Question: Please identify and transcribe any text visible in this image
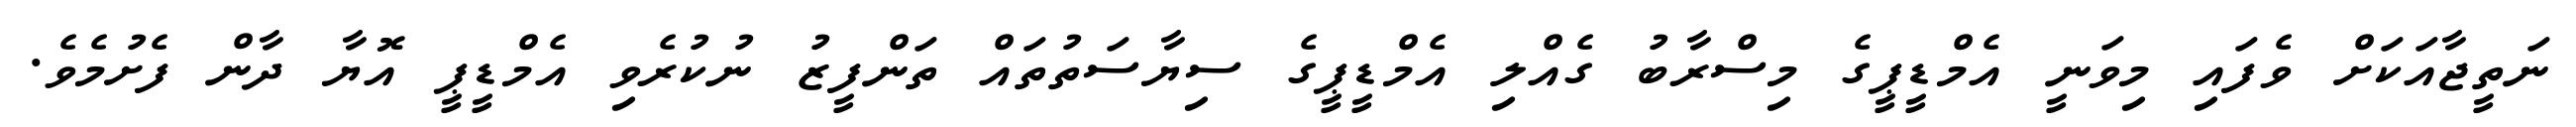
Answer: ނަތީޖާއަކަށް ވެފައި މިވަނީ އެމްޑީޕީގެ މިސްރާބު ގެއްލި އެމްޑީޕީގެ ސިޔާސަތުތައް ތަންފީޒު ނުކުރެވި އެމްޑީޕީ އޮޔާ ދާން ފެށުމެވެ.